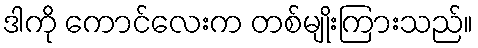
ဒါကို ကောင်လေးက တစ်မျိုးကြားသည်။